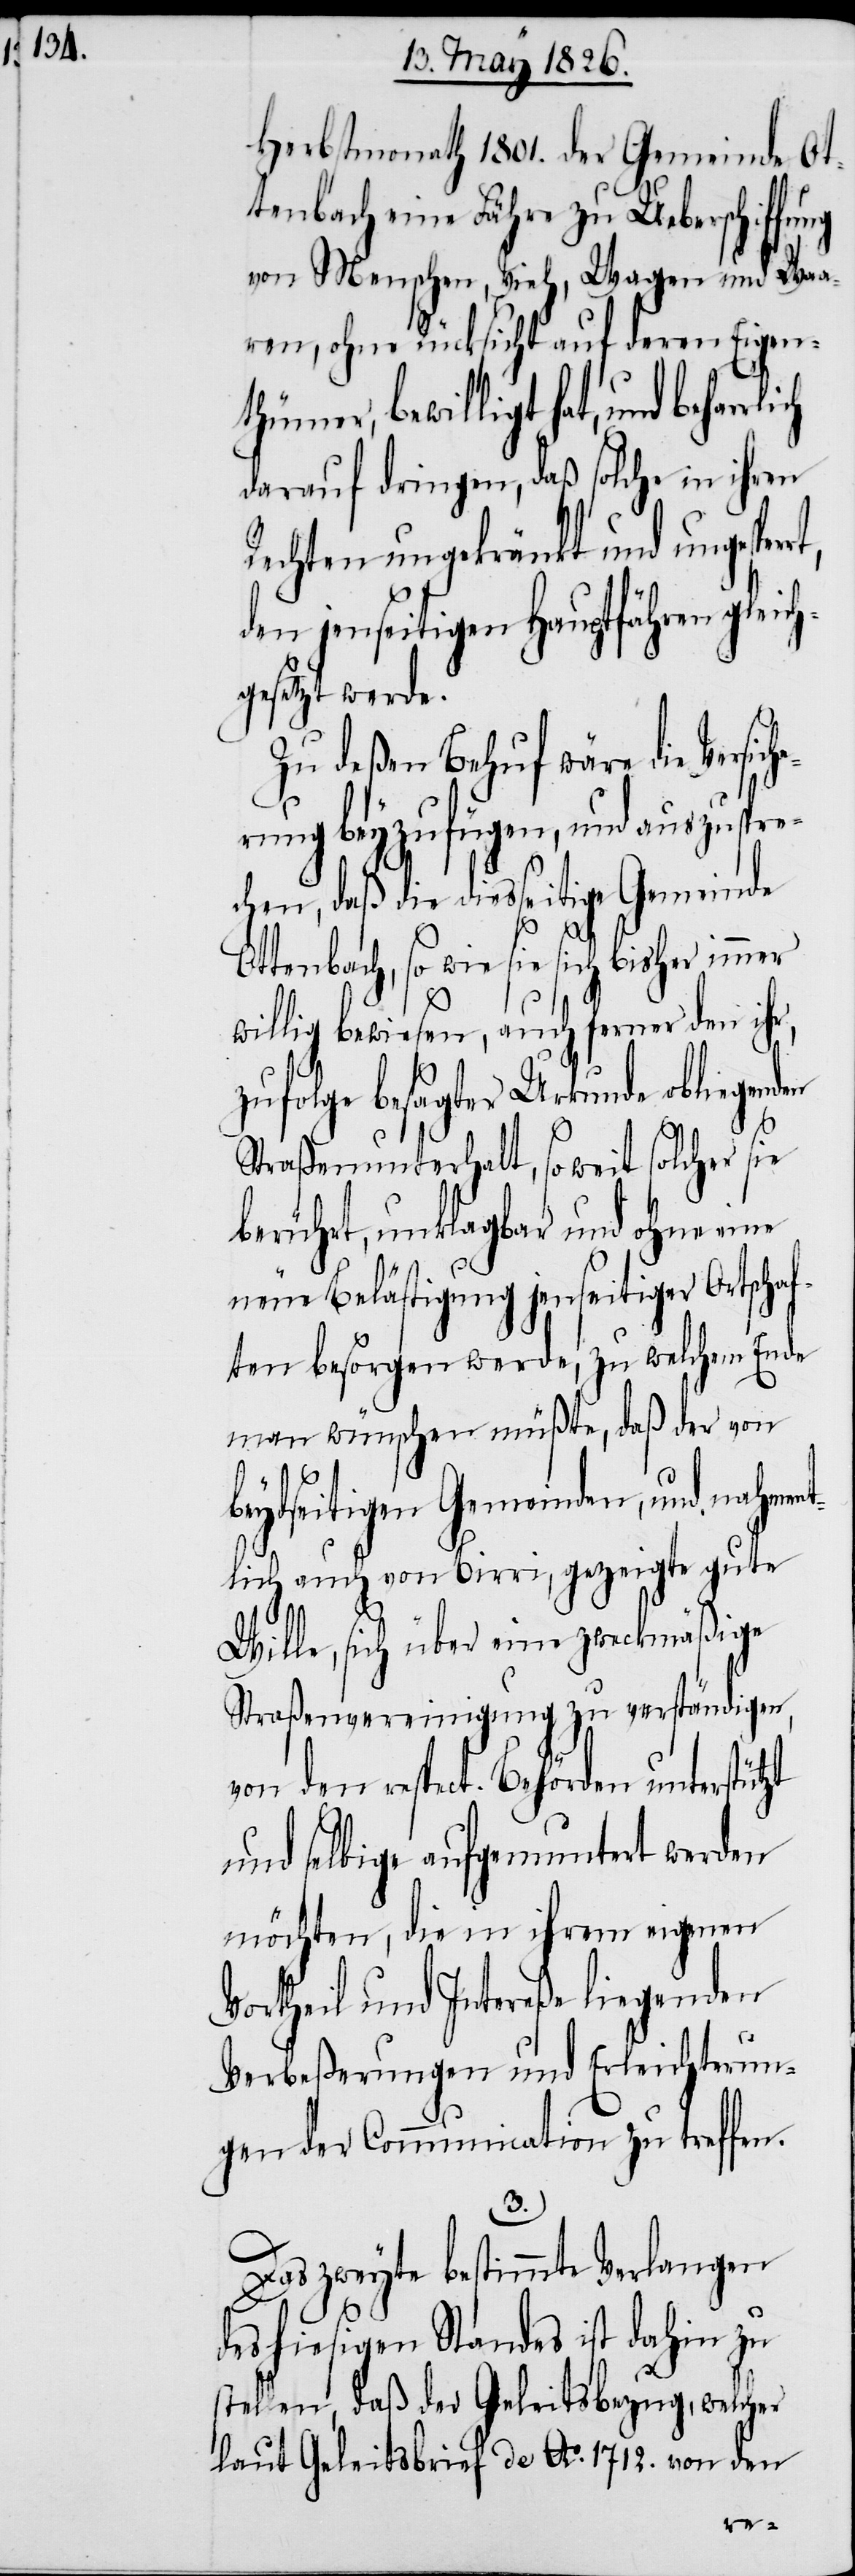
Herbstmonath 1801. der Gemeinde Ot¬
tenbach eine Fähre zu Ueberschiffung
von Menschen, Vieh, Wagen und Waa¬
ren, ohne Rücksicht auf deren Eigen¬
thümer, bewilligt hat, und behar¬
darauf dringen, daß solche in ihren
Rechten ungekränkt und ungespe¬
den jenseitigen Hauptfähren gleic¬
hgesetzt werde.
Zu deßen Behuf wäre die Versic¬
rung beyzufügen, und auszuspre¬
chen, daß die diesseitige Gemeinde
rrt,
Ottenbach, so wie sie sich bisher immer
willig bewiesen, auch ferner den ih¬
zufolge besager Urkunde obliegenden
Straßenunterhalt, so weit solcher sie
berührt, unklagbar und ohne eine
neue Belästigung jenseitiger Ortsch¬
aften besorgen werde, zu welchem Ende
man wünschen müßte, daß der von
beydseitigen Gemeinden, und nahme¬
ntlich auch von Birri, gezeigte gute
tzt
Wille, sich über eine zweckmäßige
Straßenvereinigung zu verständigen,
von den respect. Behörden unterstü¬
und selbige aufgemuntert werden
möchten, die in ihrem eigenen
Vortheil und Intereße liegenden
Verbeßerungen und Erleichterun¬
gen der Communication zu treffen.
3.
Das zweyte bestimmte Verlangen
des hiesigen Standes ist dahin zu
stellen, daß der Geleitsbezug, welcher
laut Geleitsbrief de Ao. 1712. von den